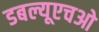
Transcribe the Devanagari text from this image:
डबल्यूएचओ